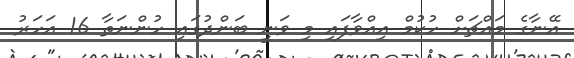
އޭނާގެ މައްޗަށް ހުކުމް އިއްވާފައި މި ވަނީ ބަންދުގައި ހުންނަތާ 16 އަހަރު